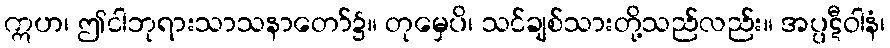
ဣဟ၊ ဤငါဘုရားသာသနာတော်၌။ တုမှေပိ၊ သင်ချစ်သားတို့သည်လည်း။ အပ္ပဋီဝါနံ၊